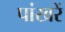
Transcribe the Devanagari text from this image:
पांखरें